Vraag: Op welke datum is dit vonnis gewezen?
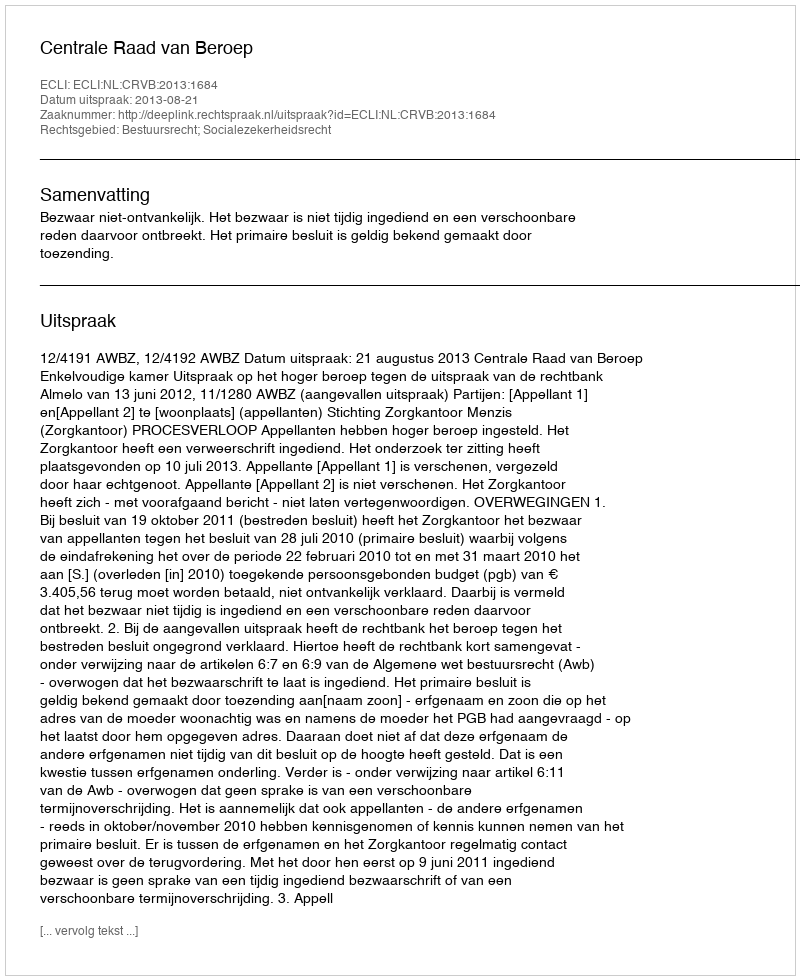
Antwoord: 2013-08-21